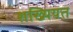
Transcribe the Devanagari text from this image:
शख्यियत